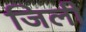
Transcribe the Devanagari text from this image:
जिली